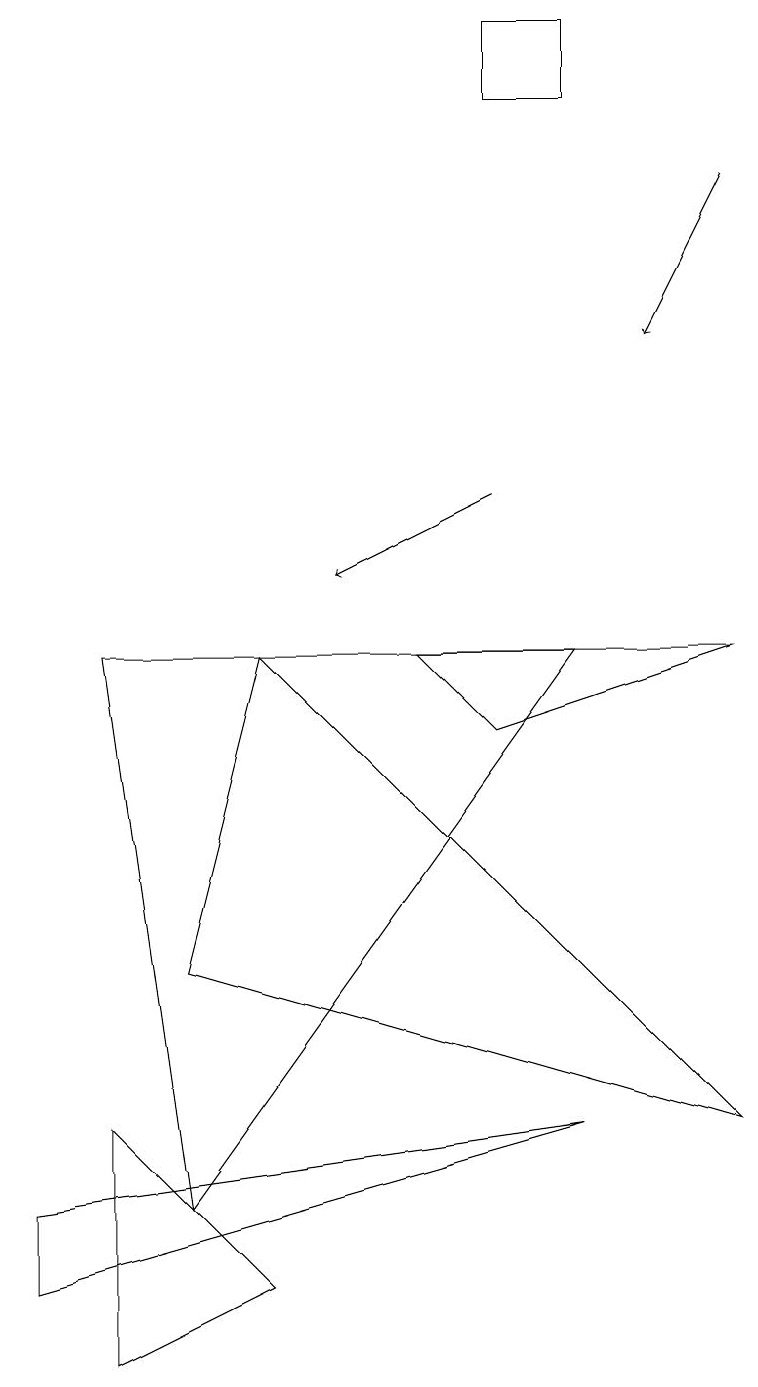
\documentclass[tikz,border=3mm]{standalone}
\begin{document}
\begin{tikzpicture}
\draw (2,5) -- (3,9) -- (9,3) -- cycle;
\draw[->] (9,15) -- (8,13);
\draw[->] (6,11) -- (4,10);
\draw (7,17) rectangle (6,16);
\draw (2,2) -- (7,9) -- (1,9) -- cycle;
\draw (5,9) -- (6,8) -- (9,9) -- cycle;
\draw (1,0) -- (3,1) -- (1,3) -- cycle;
\draw (0,1) -- (7,3) -- (0,2) -- cycle;
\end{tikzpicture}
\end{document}